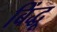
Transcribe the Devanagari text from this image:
बिंद्धू